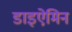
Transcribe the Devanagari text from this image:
डाइऐमिन